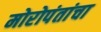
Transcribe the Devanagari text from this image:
मोरोपंतांचा